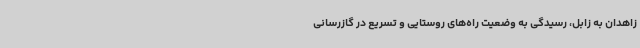
زاهدان به زابل، رسیدگی به وضعیت راه‌های روستایی و تسریع در گازرسانی